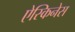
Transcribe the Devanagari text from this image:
ऐस्किनेस